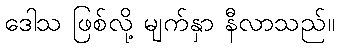
ဒေါသ ဖြစ်လို့ မျက်နှာ နီလာသည်။